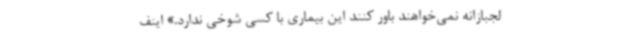
لجبازانه نمی‌خواهند باور کنند این بیماری با کسی شوخی ندارد.» اینف